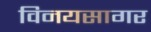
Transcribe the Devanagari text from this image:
विनयसागर